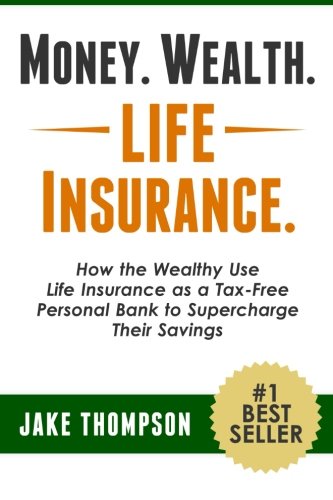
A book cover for Money. Wealth. Life Insurance.: How the Wealthy Use Life Insurance as a Tax-Free Personal Bank to Supercharge Their Savings; Jake Thompson; Business & Money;